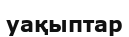
уақыптар